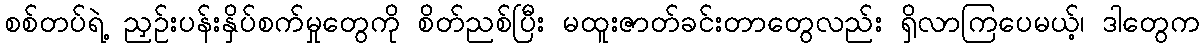
စစ်တပ်ရဲ့ ညှဉ်းပန်းနှိပ်စက်မှုတွေကို စိတ်ညစ်ပြီး မထူးဇာတ်ခင်းတာတွေလည်း ရှိလာကြပေမယ့်၊ ဒါတွေက